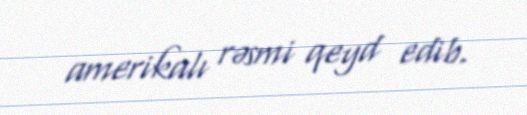
amerikalı rəsmi qeyd edib.